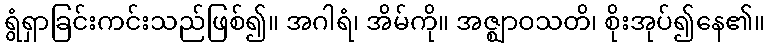
ရွံရှာခြင်းကင်းသည်ဖြစ်၍။ အဂါရံ၊ အိမ်ကို။ အဇ္ဈာဝသတိ၊ စိုးအုပ်၍နေ၏။